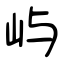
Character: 屿